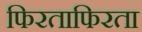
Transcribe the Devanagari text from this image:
फिरताफिरता